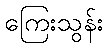
ကြေးသွန်း